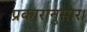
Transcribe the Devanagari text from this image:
प्रकारानुसार।